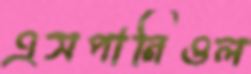
এসপানিওল